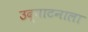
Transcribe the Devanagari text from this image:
उद्घाटनाला